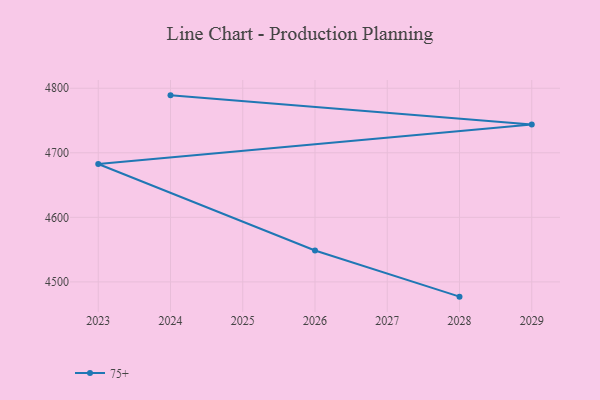
{"axis": {"x": "Year", "y": "Customer Acquisition Cost (USD)"}, "legend": ["75+"], "data": [{"x": "2028", "y": 4477.1, "type": "75+"}, {"x": "2026", "y": 4548.6, "type": "75+"}, {"x": "2023", "y": 4682.7, "type": "75+"}, {"x": "2029", "y": 4743.9, "type": "75+"}, {"x": "2024", "y": 4789.0, "type": "75+"}]}